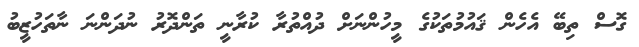
ގޮސް ތިބޭ އެހެން ޤައުމުތަކުގެ މީހުންނަށް ދުއްތުރާ ކުރާނީ ތަންދޮރު ނުދަންނަ ނާތަހުޒީބު